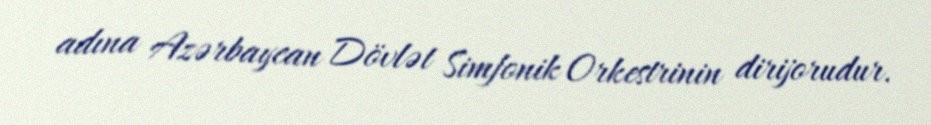
adına Azərbaycan Dövlət Simfonik Orkestrinin dirijorudur.